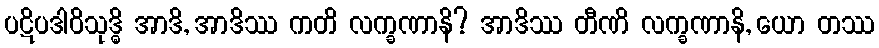
ပဋိပဒါဝိသုဒ္ဓိ အာဒိ, အာဒိဿ ကတိ လက္ခဏာနိ? အာဒိဿ တီဏိ လက္ခဏာနိ, ယော တဿ